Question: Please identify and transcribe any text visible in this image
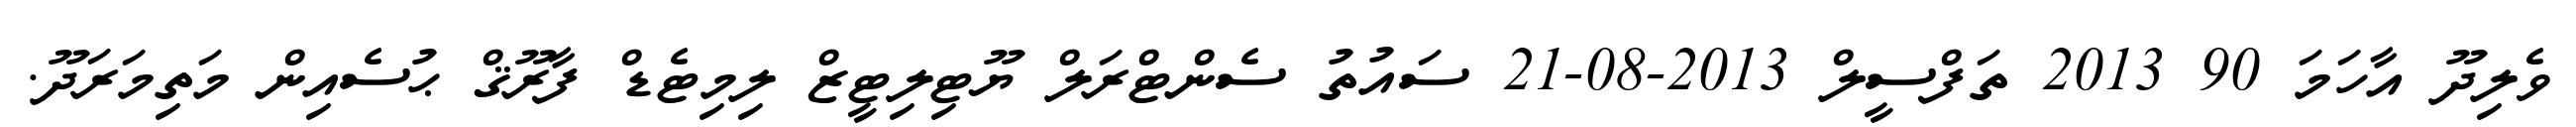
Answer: ވެލިދޫ އާހަމަ 90 2013 ތަފްސީލް 2013-08-21 ސައުތު ސެންޓްރަލް ޔޫޓިލިޓީޒް ލިމިޓެޑް ފާރޫޤް ޙުސެއިން މަތިމަރަދޫ.